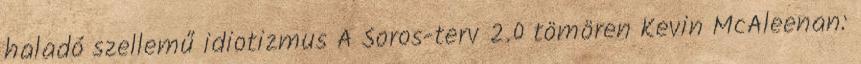
haladó szellemű idiotizmus A Soros-terv 2.0 tömören Kevin McAleenan: